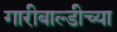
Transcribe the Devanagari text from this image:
गारीबाल्डीच्या